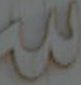
3